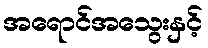
အရောင်အသွေးနှင့်